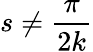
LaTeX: s\neq{\frac{\pi}{2k}}